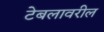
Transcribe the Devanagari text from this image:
टेबलावरील